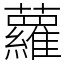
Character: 蘿